Malaria in the Punjab - Number 46
Disease focus: Malaria
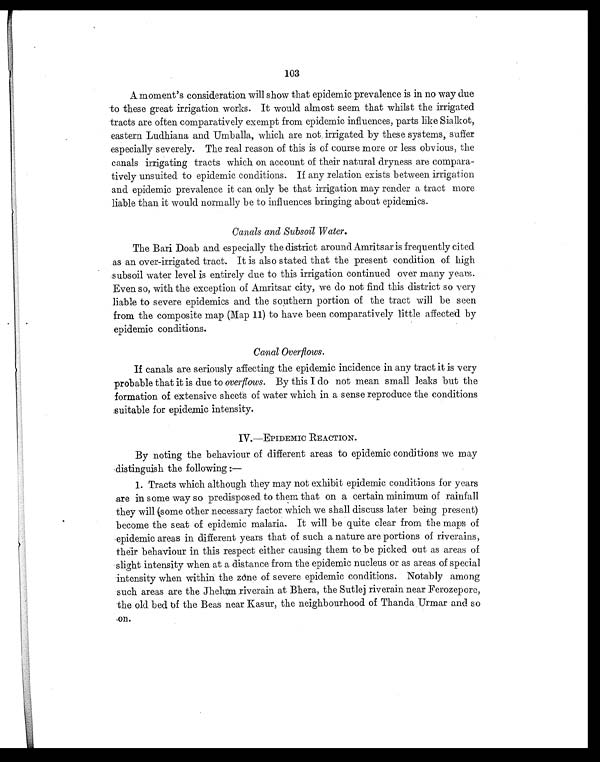
103
A moment's consideration will show that epidemic prevalence is in no way due
to these great irrigation works. It would almost seem that whilst the irrigated
tracts are often comparatively exempt from epidemic influences, parts like Sialkot,
eastern Ludhiana and Umballa, which are not, irrigated by these systems, suffer
especially severely. The real reason of this is of course more or less obvious, the
canals irrigating tracts which on account of their natural dryness are compara-
tively unsuited to epidemic conditions. If any relation exists between irrigation
and epidemic prevalence it can only be that irrigation may render a tract more
liable than it would normally be to influences bringing about epidemics.
Canals and Subsoil Water.
The Bari Doab and especially the district around Amritsar is frequently cited
as an over-irrigated tract. It is also stated that the present condition of high
subsoil water level is entirely due to this irrigation continued over many years.
Even so, with the exception of Amritsar city, we do not find this district so very
liable to severe epidemics and the southern portion of the tract will be seen
from the composite map (Map 11) to have been comparatively little affected by
epidemic conditions.
Canal Overflows.
If canals are seriously affecting the epidemic incidence in any tract it is very
probable that it is due to overflows. By this I do not mean small leaks but the
formation of extensive sheets of water which in a sense reproduce the conditions
suitable for epidemic intensity.
I V . — E P I D E M I C R E A C T I O N .
By noting the behaviour of different areas to epidemic conditions we may
distinguish the following :
—
1. Tracts which although they may not exhibit epidemic conditions for years
are in some way so predisposed to them that on a certain minimum of rainfall
they will (some other necessary factor which we shall discuss later being present)
become the seat of epidemic malaria. It will be quite clear from the maps of
epidemic areas in different years that of such a nature are portions of riverains,
their behaviour in this respect either causing them to be picked out as areas of
slight intensity when at a distance from the epidemic nucleus or as areas of special
intensity when within the zone of severe epidemic conditions. Notably among
such areas are the Jhelum riverain at Bhera, the Sutlej riverain near Ferozepore,
the old bed of the Beas near Kasur, the neighbourhood of Thanda Urmar and so on.